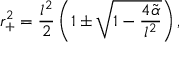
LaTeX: r _ { + } ^ { 2 } = \frac { l ^ { 2 } } { 2 } \left( 1 \pm \sqrt { 1 - \frac { 4 \tilde { \alpha } } { l ^ { 2 } } } \right) ,